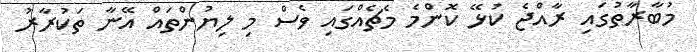
މުބާރާތުގައި ރާއްޖެ ކުޅޭ ކޮންމެ މެޗެއްގައި ވެސް މި ލިޔުންތައް އޭނާ ތަކުރާރު